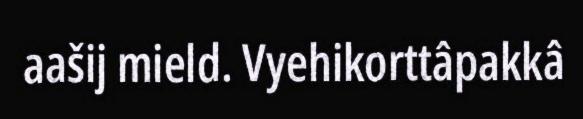
aašij mield. Vyehikorttâpakkâ